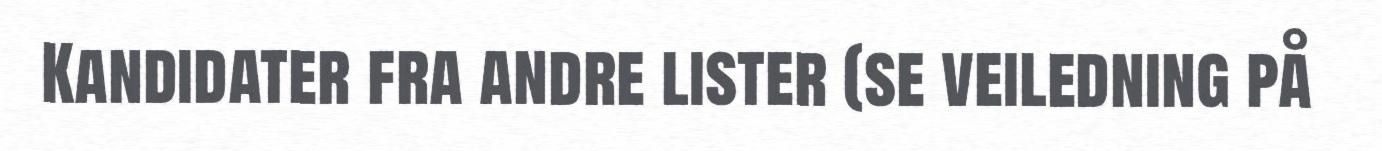
Kandidater fra andre lister (se veiledning på